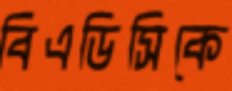
বিএডিসিকে